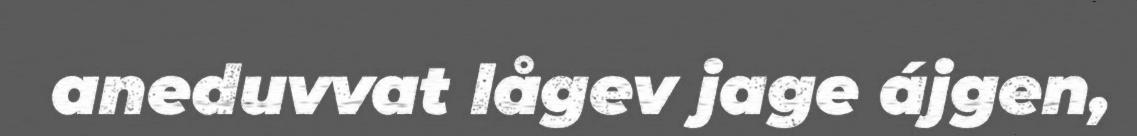
aneduvvat lågev jage ájgen,